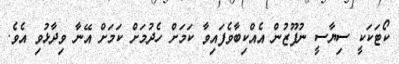
ކޯޓަކަކީ ސިޔާސީ ނުފޫޒުން އެއްކިބާވެފައިވާ ކަމަށް ހެދުމަށް ކަމަށް އޭނާ ވިދާޅުވި އެވެ.